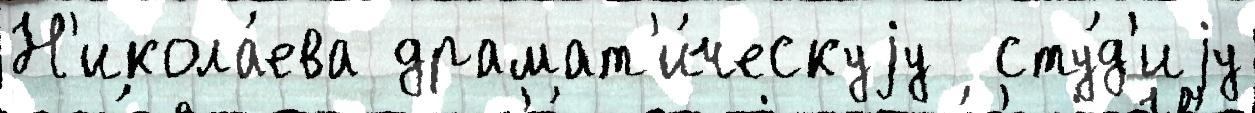
Н'икола́ева драмат'и́ческуjу  сту́д'иjу